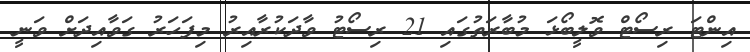
އިންޓަ ރިސޯޓް ވޮލީބޯޅަ މުބާރަތުގައި 21 ރިސޯޓު ވާދަކުރާއިރު މިފަހަރު ގަވާއިދަށް ވަނީ